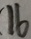
1 6